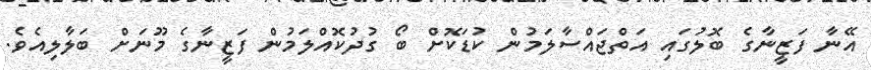
އޭނާ ފަޒީނާގެ ބޮލުގައި އަތްޖައްސާލަމުން ކުޑަކޮށް ބޯ ގުދުކޮއްލަމުން ފަޒީނާގެ މޫނަށް ބަލާލިއެވެ.